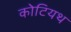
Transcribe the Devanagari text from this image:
कोटियथ